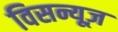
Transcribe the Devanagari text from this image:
विसन्यूज़